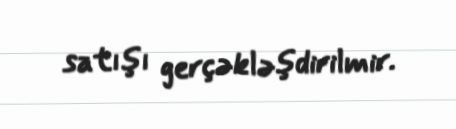
satışı gerçəkləşdirilmir.